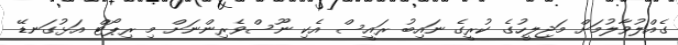
ގެއްލުވާލުމަށް މަޖިލީހުގެ ކުރީގެ ނައިބު ރައީސް އެކި ނޫސްވެރިންނަށް މި ރިޕޯޓް އަޅުގަނޑޭ